Mental hospitals Bombay report 1921-28 - 1921-1928
Year: 1921
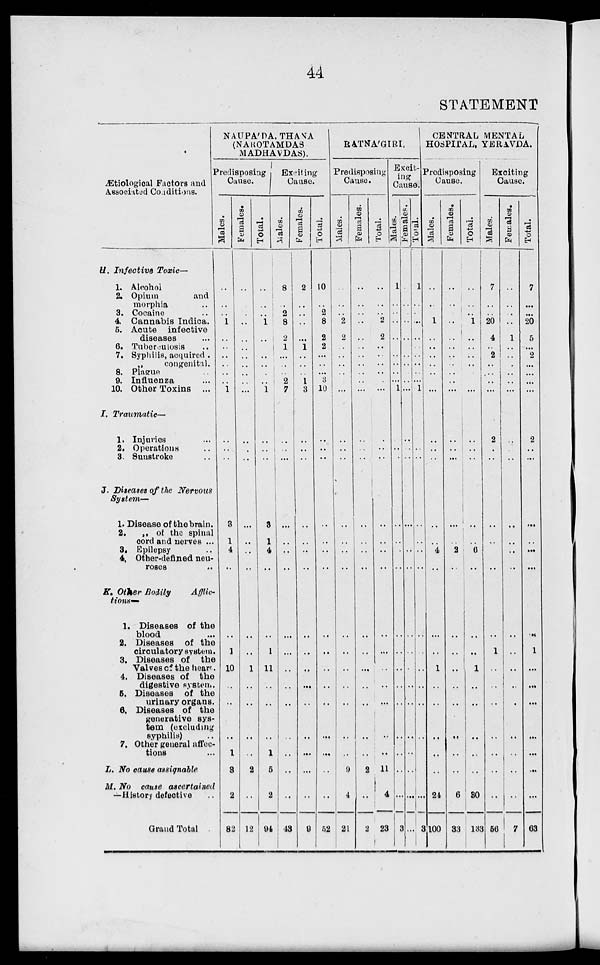
44
STATEMENT
Ætiological Factors and
Associated Conditions.
H. Infective Toxic—
1. Alcohol
2. Opium
and
morphia ..
3. Cocaine ..
4 Cannabis Indica.
5. Acute
infective
diseases ..
6. Tuberculosis ..
7. Syphilis, acquired ..
„
congenital.
8. Plague ..
9. Influenza ..
10. Other Toxins ...
I. Traumatic—
1. Injuries ..
2. Operations ..
3. Sunstroke ..
J. Diseases of the Nervous
System—
1. Disease of the brain.
2. „ of the spinal
cord and nerves ...
3. Epilepsy ..
4. Other-defined neu-
roses ..
K. Other Bodily
Afflic-
tions—
1. Diseases of the
blood ..
2. Diseases of the
circulatory system.
3. Diseases of the
Valves of the heart.
4. Diseases of the
digestive system.
5. Diseases of the
urinary organs.
6. Diseases of the
generative sys-
tem (excluding
syphilis) ..
7. Other general affec-
tions ...
L. No cause assignable
M. No cause ascertained
—History defective ..
Grand Total
NAUPA'PA, THANA
(NAROTAMDAS
MADHAVDAS).
Predisposing
Cause.
Males.
..
..
..
1
..
..
..
..
..
..
1
..
..
..
3
1
4
..
..
1
10
..
..
..
1
3
2
82
Females.
..
..
..
..
..
..
..
..
..
..
...
..
..
..
..
..
..
..
..
..
1
..
..
..
..
2
..
12
Total.
..
..
..
1
..
..
..
..
..
..
1
..
..
..
3
1
4
..
..
1
11
..
..
..
1
5
2
94
Exciting
Cause.
Males.
8
..
2
8
2
1
..
..
..
2
7
..
..
..
..
..
..
..
..
..
..
..
..
..
..
..
..
43
Females.
2
..
..
..
..
1
..
..
..
1
3
..
..
..
..
..
..
..
..
..
..
..
..
..
..
..
..
9
Total.
10
..
2
8
2
2
..
..
..
3
10
..
..
..
..
..
..
..
..
..
..
..
..
..
..
..
..
52
RATNA'GIRI.
Predisposing
Cause.
Males.
..
..
..
2
2
..
..
..
..
..
..
..
..
..
..
..
..
..
..
..
..
..
..
..
..
9
4
21
Females.
..
..
..
..
..
..
..
..
..
..
..
..
..
..
..
..
..
..
..
..
..
..
..
..
..
2
..
2
Total.
..
..
..
2
2
..
..
..
..
..
..
..
..
..
..
..
..
..
..
..
..
..
..
..
..
11
4
23
Excit-
ing
Cause.
Males.
1
..
..
..
..
..
..
..
..
...
1
..
..
..
..
..
..
..
..
..
..
..
..
..
..
..
..
3
Females.
..
..
..
..
..
..
..
..
..
..
..
..
..
..
..
..
..
..
..
..
..
..
..
..
..
..
..
..
Total.
1
..
..
..
..
..
..
..
..
..
1
..
..
..
..
..
..
..
..
..
..
..
..
..
..
..
..
3
CENTRAL MENTAL
HOSPITAL, YERAVDA.
Predisposing
Cause.
Males.
..
..
..
1
..
..
..
..
..
..
..
..
..
..
..
..
4
..
..
..
1
..
..
..
..
..
24
100
Females.
..
..
..
..
..
..
..
..
..
..
..
..
..
..
..
..
2
..
..
..
..
..
..
..
..
..
6
33
Total.
..
..
..
1
..
..
..
..
..
..
..
..
..
..
..
..
6
..
..
..
1
..
..
..
..
..
30
133
Exciting
Cause.
Males.
7
..
..
20
4
..
2
..
..
..
..
2
..
..
..
..
..
..
..
1
..
..
..
..
..
..
..
56
Females.
..
..
..
..
1
..
..
..
..
..
..
..
..
..
..
..
..
..
..
..
..
..
..
..
..
..
..
7
Total.
7
..
..
20
5
..
2
..
..
..
..
2
..
..
..
..
...
..
..
1
..
..
..
..
..
..
...
63